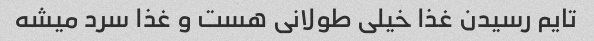
تایم رسیدن غذا خیلی طولانی هست و غذا سرد میشه